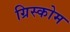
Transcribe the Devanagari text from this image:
ग्रिस्कोम